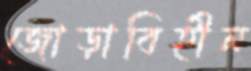
জোড়াবিহীন